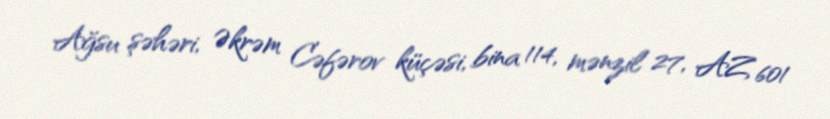
Ağsu şəhəri, Əkrəm Cəfərov küçəsi, bina 114, mənzil 27, AZ 601